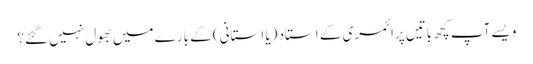
ویسے آپ کچھ باتیں پرائمری کے استاد (یا استانی) کے بارے میں بھول نہیں گئے؟